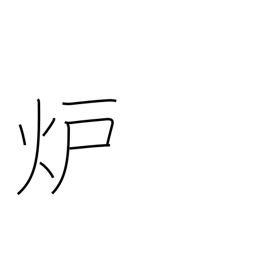
Meaning: reactor